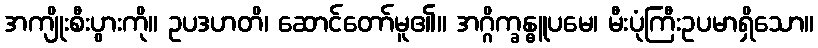
အကျိုးစီးပွားကို။ ဥပဒဟတိ၊ ဆောင်တော်မူ၏။ အဂ္ဂိက္ခန္ဓူပမေ၊ မီးပုံကြီးဥပမာရှိသော။